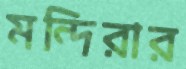
মন্দিরার